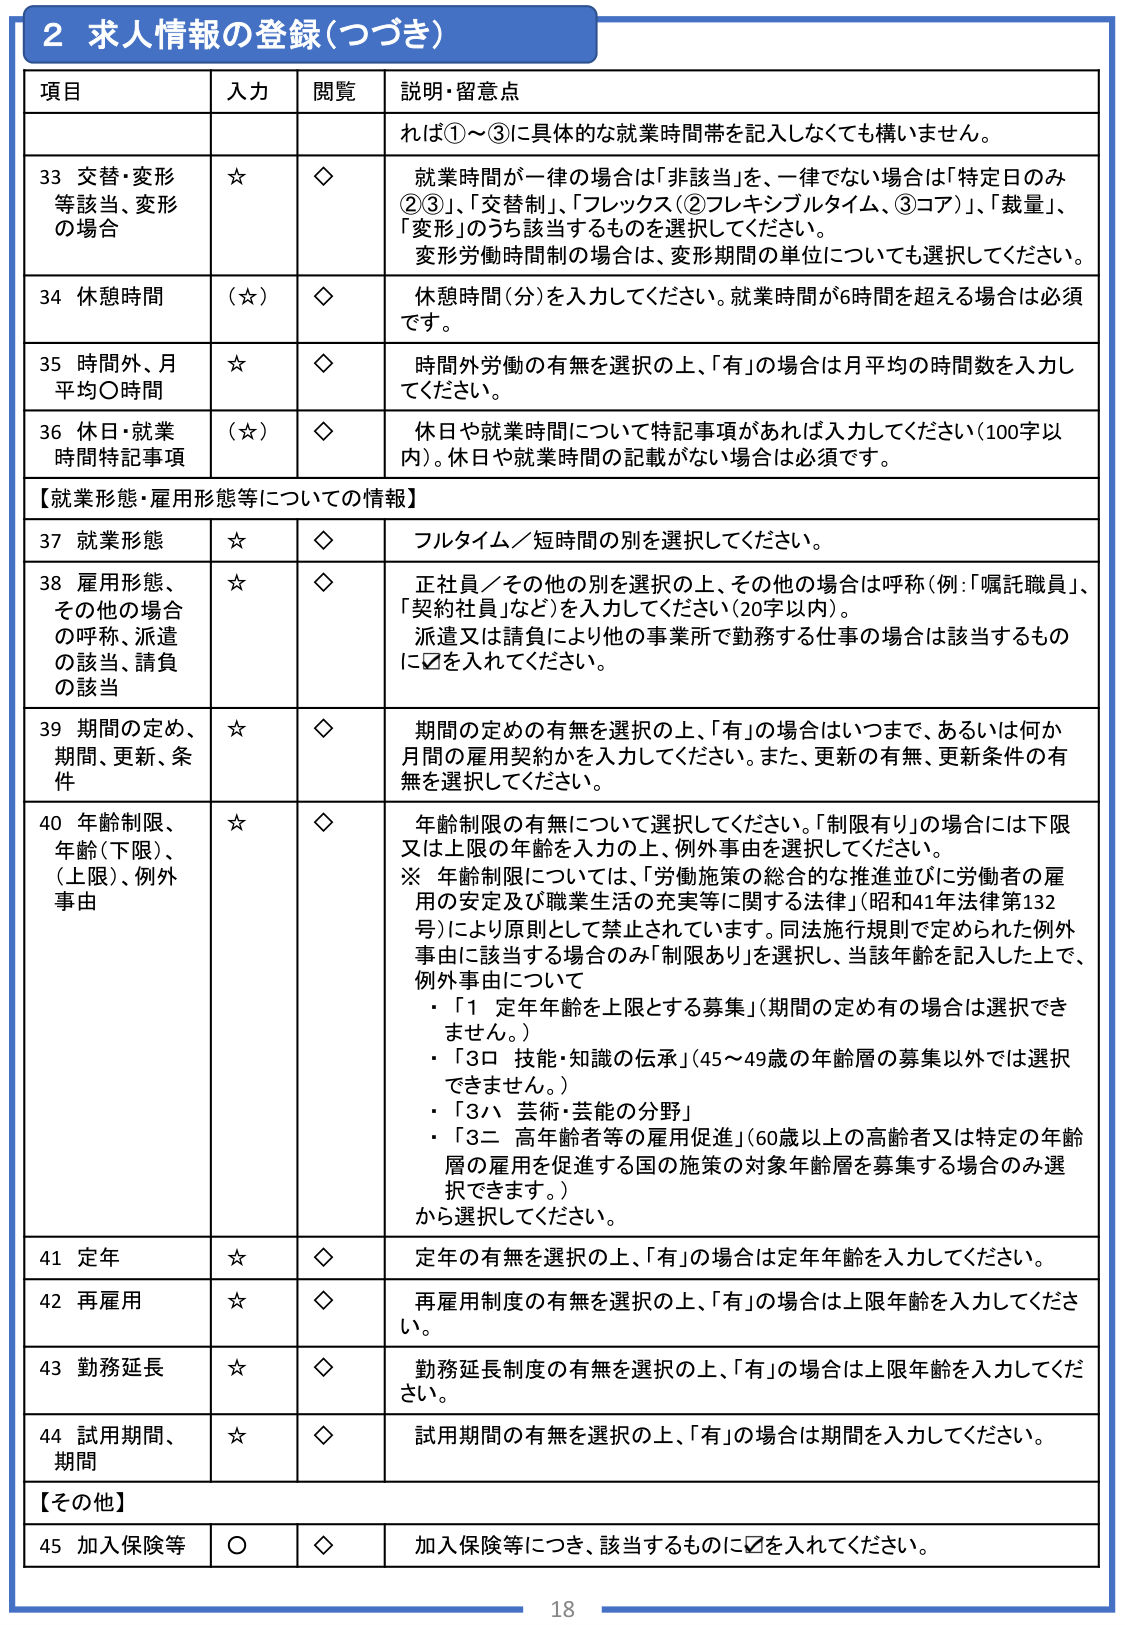
2 求人情報の登録（つづき）

項目 入力 閲覧 説明・留意点

れば①～③に具体的な就業時間帯を記入しなくても構いません。

33 交替・変形等該当、変形の場合 ☆ ◇ 就業時間が一律の場合は「非該当」を、一律でない場合は「特定日のみ②③」、「交替制」、「フレックス（②フレキシブルタイム、③コア）」、「裁量」、「変形」のうち該当するものを選択してください。変形労働時間制の場合は、変形期間の単位についても選択してください。

34 休憩時間 （☆） ◇ 休憩時間（分）を入力してください。就業時間が6時間を超える場合は必須です。

35 時間外、月平均〇時間 ☆ ◇ 時間外労働の有無を選択の上、「有」の場合は月平均の時間数を入力してください。

36 休日・就業時間特記事項 （☆） ◇ 休日や就業時間について特記事項があれば入力してください（100字以内）。休日や就業時間の記載がない場合は必須です。

【就業形態・雇用形態等についての情報】

37 就業形態 ☆ ◇ フルタイム／短時間の別を選択してください。

38 雇用形態、その他の場合の呼称、派遣の該当、請負の該当 ☆ ◇ 正社員／その他の別を選択の上、その他の場合は呼称（例：「嘱託職員」、「契約社員」など）を入力してください（20字以内）。派遣又は請負により他の事業所で勤務する仕事の場合は該当するものに☑を入れてください。

39 期間の定め、期間、更新、条件 ☆ ◇ 期間の定めの有無を選択の上、「有」の場合はいつまで、あるいは何か月間の雇用契約かを入力してください。また、更新の有無、更新条件の有無を選択してください。

40 年齢制限、年齢（下限）、（上限）、例外事由 ☆ ◇ 年齢制限の有無について選択してください。「制限有り」の場合には下限又は上限の年齢を入力の上、例外事由を選択してください。※ 年齢制限については、「労働施策の総合的な推進並びに労働者の雇用の安定及び職業生活の充実等に関する法律」（昭和41年法律第132号）により原則として禁止されています。同法施行規則で定められた例外事由に該当する場合のみ「制限あり」を選択し、当該年齢を記入した上で、例外事由について
・「1 定年年齢を上限とする募集」（期間の定め有の場合を選択できません。）
・「3ロ 技能・知識の伝承」（45～49歳の年齢層の募集以外では選択できません。）
・「3ハ 芸術・芸能の分野」
・「3ニ 高年齢者等の雇用促進」（60歳以上の高齢者又は特定の年齢層の雇用を促進する国の施策の対象年齢層を募集する場合のみ選択できます。）
から選択してください。

41 定年 ☆ ◇ 定年の有無を選択の上、「有」の場合は定年年齢を入力してください。

42 再雇用 ☆ ◇ 再雇用制度の有無を選択の上、「有」の場合は上限年齢を入力してください。

43 勤務延長 ☆ ◇ 勤務延長制度の有無を選択の上、「有」の場合は上限年齢を入力してください。

44 試用期間、期間 ☆ ◇ 試用期間の有無を選択の上、「有」の場合は期間を入力してください。

【その他】

45 加入保険等 ○ ◇ 加入保険等につき、該当するものに☑を入れてください。

18